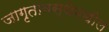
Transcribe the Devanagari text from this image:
जागृतावस्थेमधील